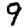
Digit: 9